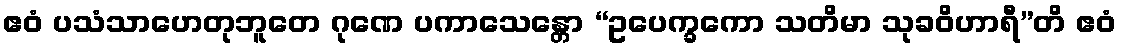
ဧဝံ ပသံသာဟေတုဘူတေ ဂုဏေ ပကာသေန္တော “ဥပေက္ခကော သတိမာ သုခဝိဟာရီ”တိ ဧဝံ